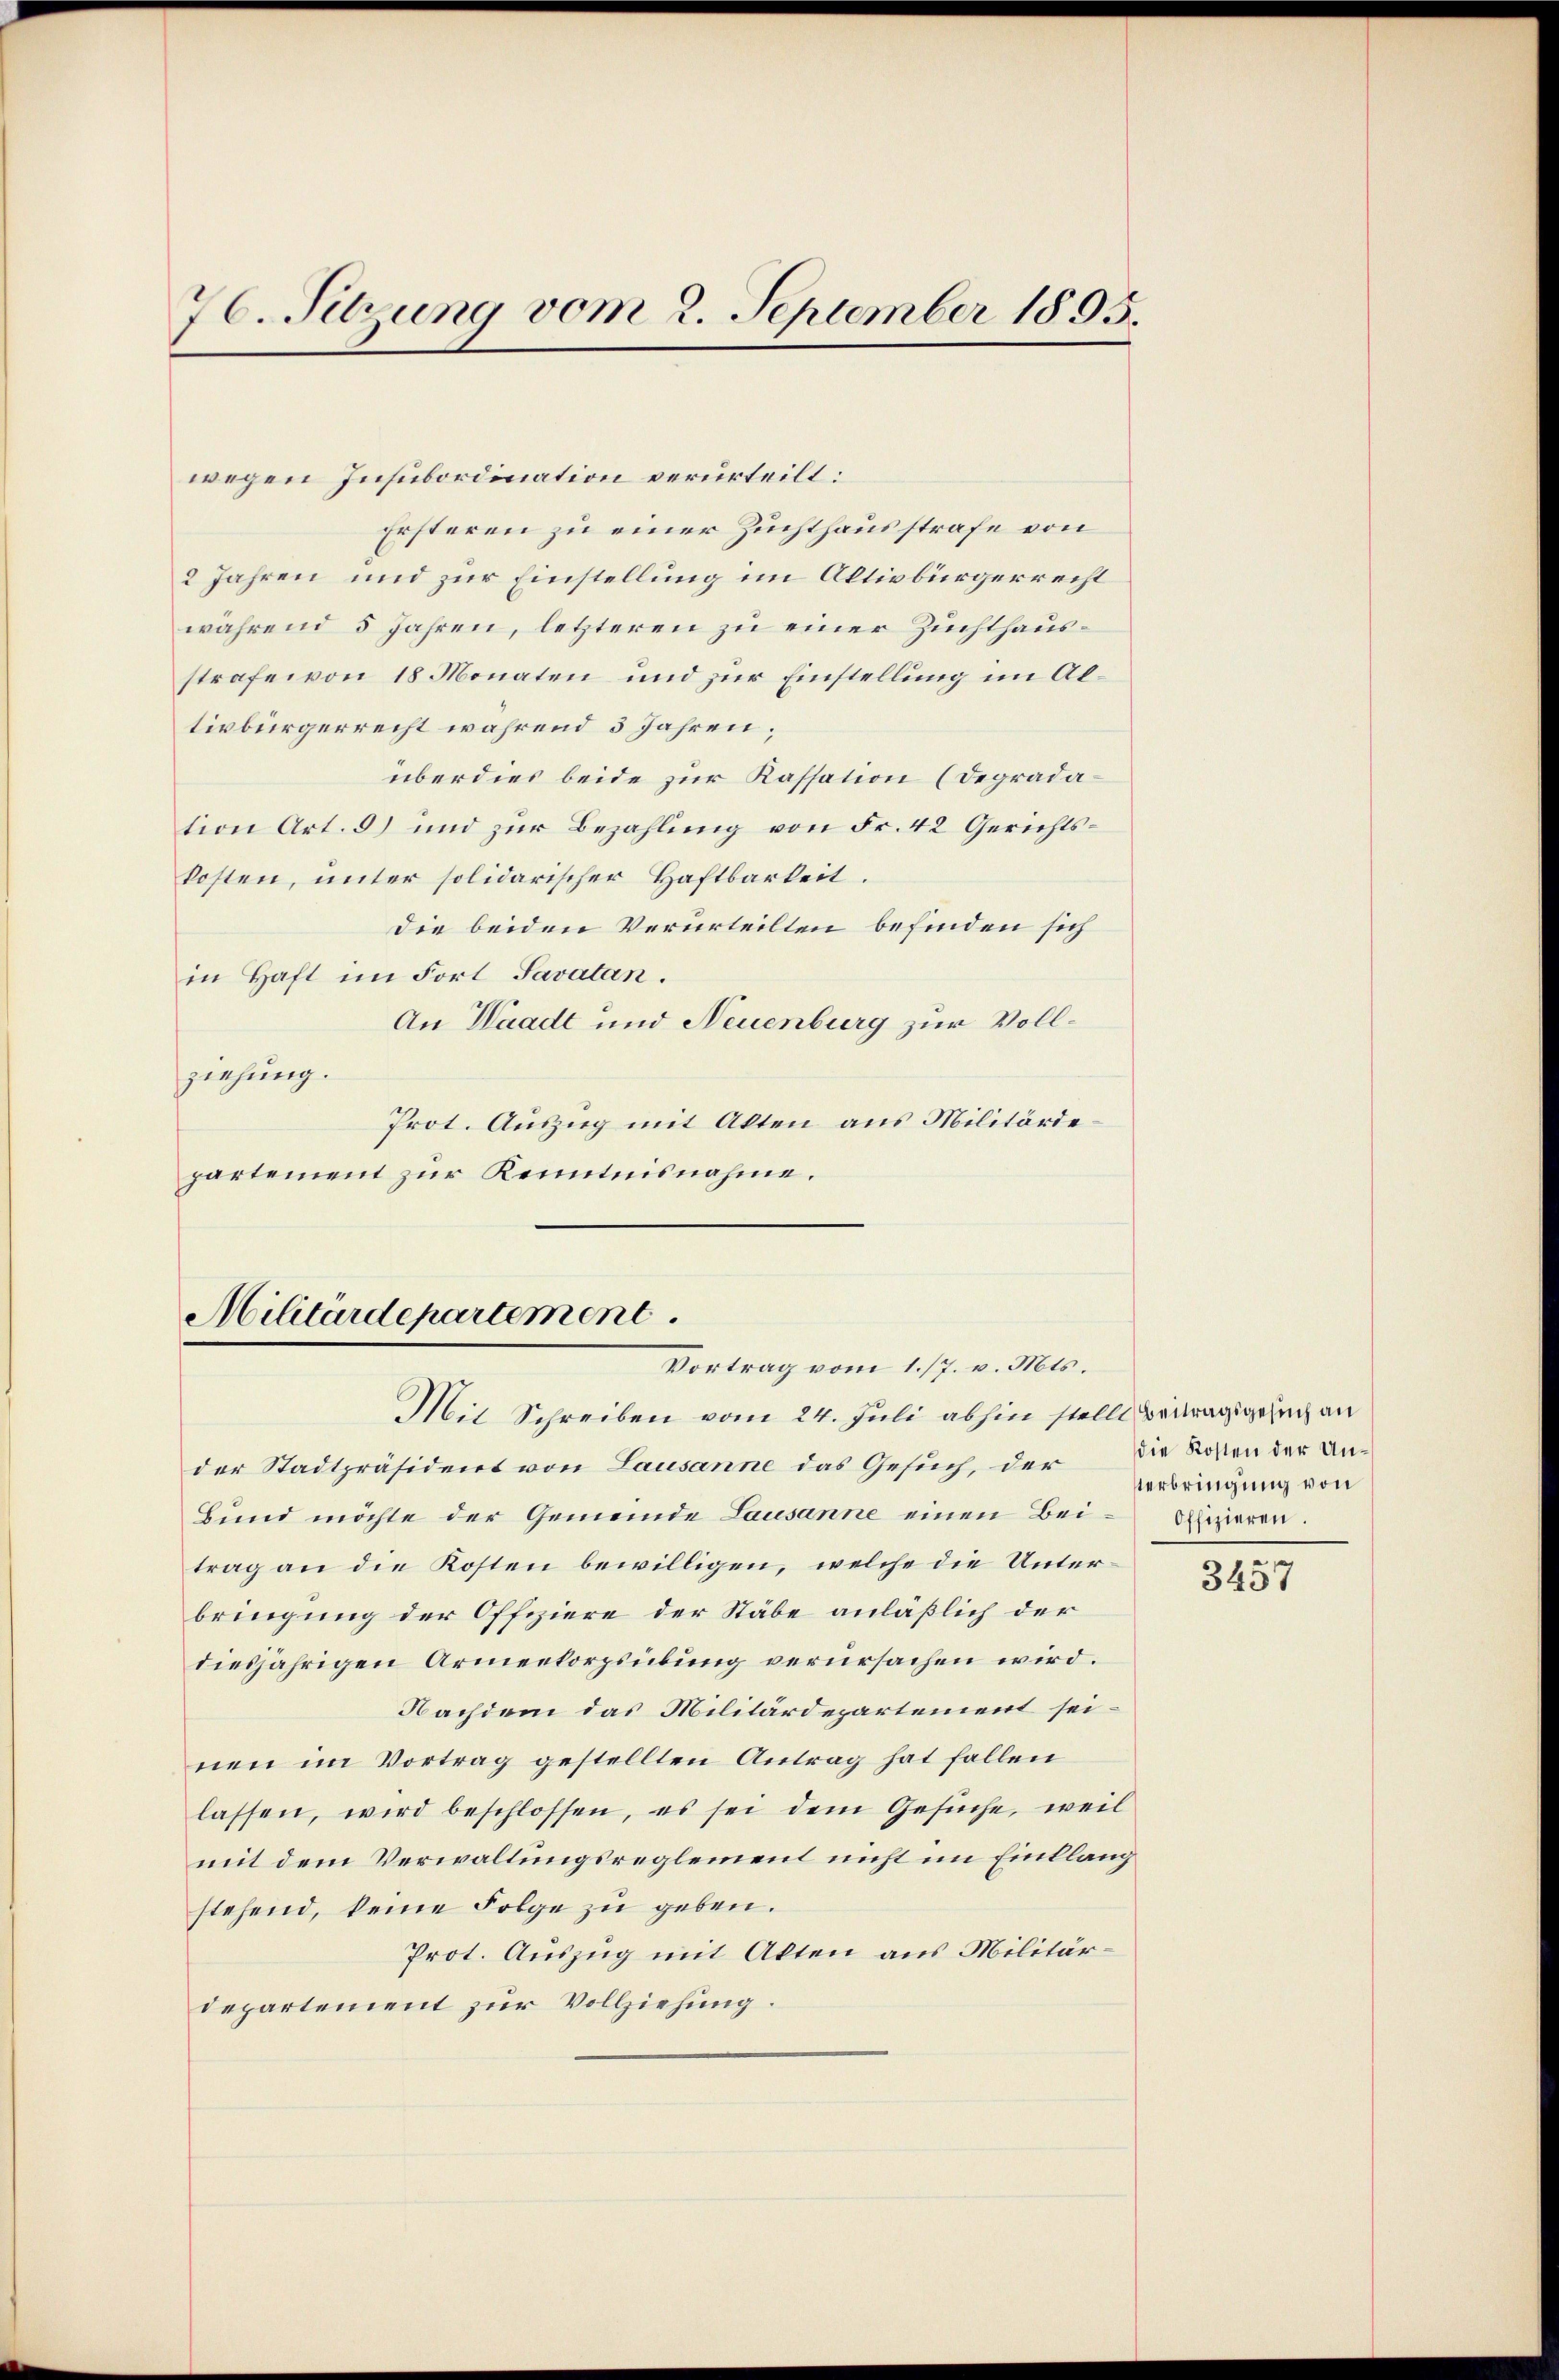
70. Sitzung vom 2. September 1895.

wegen Insubordination verurteilt:
Ersteren zu einer Zuchthausstrafe von
2 Jahren und zur Einstellung im Altivbürgerrecht
während 5 Jahren, letzteren zu einer Zuchthausstrafe von 18 Monaten und zur Einstellung im Altivbürgerrecht während 3 Jahren.
überdies beide zur Kassation (Degradation Art. 3) und zur Bezahlung von Fr. 42 Gerichtskosten, unter solidarischer Haftbarkeit.
Die beiden Verurteilten befinden sich
in Haft im Fort Savatan.
An Waadt und Neuenburg zur Vollziehung.
Prot. Auszug mit Akten aus Militärdepartement zur Kenntnisnahme.

Militärdepartement
Vortrag vom 1./7. v. Mts.

terbringung von

Mit Schreiben vom 24. Juli abhin stellt Beitragsgesuch an
der Stadtpräsident von Lausanne das Gesuch, der Die Kosten der An¬
Bund möchte der Gemeinde Lausanne einen Bei-Offizieren.
trag an die Kosten bewilligen, welche die Unterbringung der Offiziere der Stäbe anläßlich der
diesjährigen Armentorzsübung verursachen wird.
Nachdem das Militärdepartement seinen im Vortrag gestellten Antrag hat fallen
lassen, wird beschlossen, es sei dem Gesuche, weil
mit dem Verwaltungsreglement nicht im Einllang
stehend, keine Folge zu geben.
Prot. Auszug mit Akten aus Militärdepartement zur Vollziehung.

3457